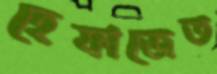
হেফাজেত